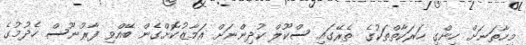
މިހާތަނަށް ހިންގި ހަރަކާތްތަކުގެ ތެރޭގައި ސްކޫލް ކުދިންނަށް އަމާޒުކޮށްގެން ބޭއްވި ފާރުނޫސް ހެދުމުގެ